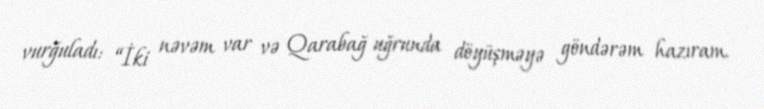
vurğuladı: “İki nəvəm var və Qarabağ uğrunda döyüşməyə göndərəm hazıram.